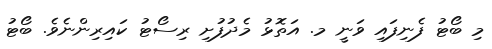
މި ބޯޓު ފެނިފައި ވަނީ މ. އަތޮޅު މެދުފުށި ރިސޯޓު ކައިރިންނެވެ. ބޯޓު